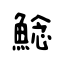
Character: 鯰